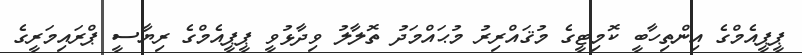
ޕީޕީއެމްގެ އިންތިހާބީ ކޮމިޓީގެ މުޤައްރިރު މުޙައްމަދު ތޮލާލު ވިދާޅުވީ ޕީޕީއެމްގެ ރިޔާސީ ޕްރައިމަރީގެ